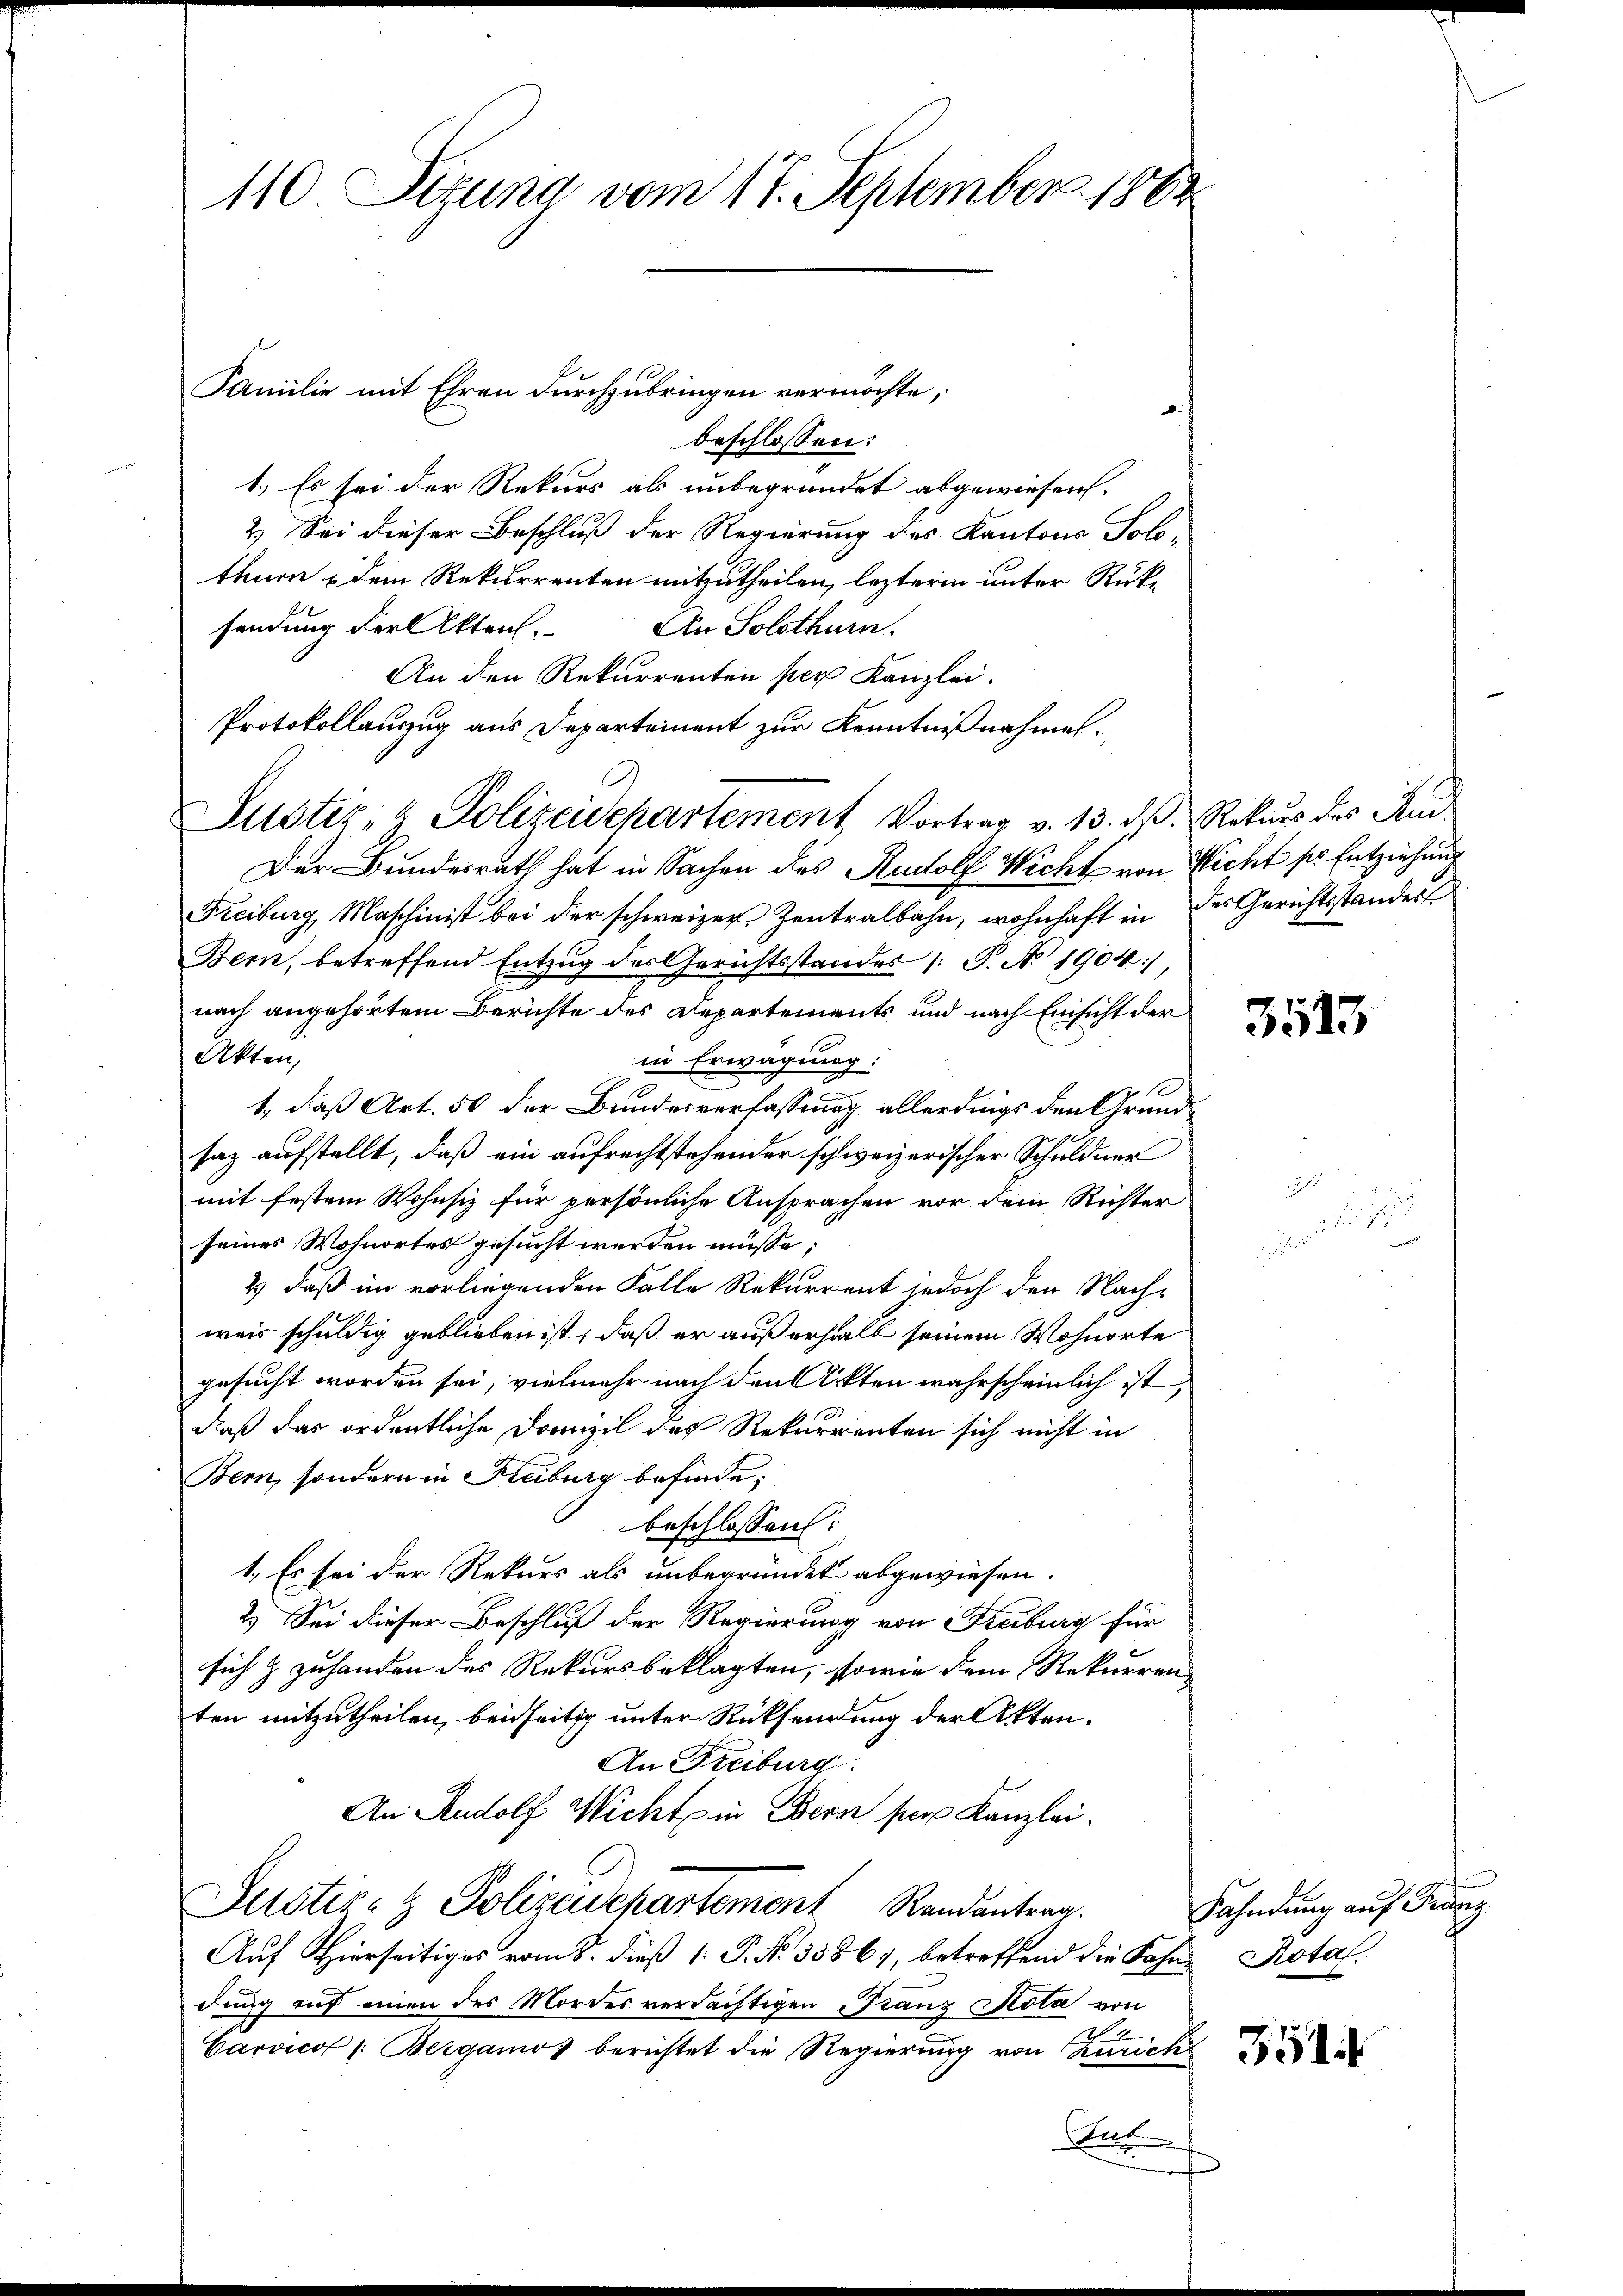
110. Sizung vom 17. September 1883

Familie mit Ehren durchzubringen vermöchte,
beschlossen:
1.) Es sei der Rekurs als unbegründet abgewiesen.
2.) Sei dieser Beschluß der Regierung des Kantons Solo-
thurn dem Rekurrenten mitzutheilen, leztere unter Rüksendung der Akten. An Solothurn.
An den Rekurrenten per Kanzlei.
Protokollauszug aus Departement zur Kenntnißnahmen.
Suster- & Polizeidchartement Vortrag v. 13. ds. Rekurs des Aud
Der Bundesrath hat in Sachen des Rudolf Wicht von Nicht so Entziehung
Freiburg, Maschinist bei der schweizer Zentralbahn, wohnhaft in des Gerichtsstander
Bern, betreffend Entzug des Gerichtsstandes 1: P. No 1904),
nach angehörtem Berichte des Departements und nach Einsicht der
Akten,
in Erwägung:
1, daß Art. 50 der Bundesverfassung allerdings den Grund
saz aufstellt, daß ein aufrechtstehender schweizerischer Schuldner
mit festem Wohnsiz für persönliche Ansprachen vor dem Richter
seines Wohnortes gesucht werden müsse;
2) daß im vorliegenden Falle Rekurrent jedoch den Nachweis schuldig geblieben ist, daß er außerhalt seinem Wohnorte
gesucht worden sei, vielmehr nach den Ackten wahrscheinlich ist,
daß das ordentliche Domizil des Rekurrenten sich nicht in
Bern, sondern in Freiburg befinde;
beschlossen:
1. Es sei der Rekurs als unbegründet abgewiesen.
2.) Sei dieser Beschluß der Regierung von Freiburg für
sich & zuhanden des Rekursbeklagten, sowie dem Rekurren
ten mitzutheilen, beidseitig unter Rücksendung der Akten.
An Freiburg.
An Rudolf Wicht in Bern per Kanzlei.
Justiz- & Polizeuckartement Randantrag.
Auf Hierseitiges vom 8. dieß 1: P. Nr. 33867, betreffend die Fahne Rota.
dung auf einen des Mordes verdächtigen Franz Nota von
4
Carvicot /: Bergamo berichtet die Regierung von Zürich
A

3513

Fahndung auf Franz

51